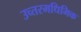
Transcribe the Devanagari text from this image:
उच्तरमधिमिक